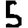
Digit: 5